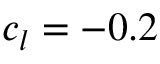
c _ { l } = - 0 . 2